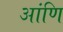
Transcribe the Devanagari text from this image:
आंणि